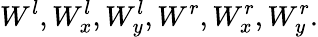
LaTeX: {{W}^{l}},W_{x}^{l},W_{y}^{l},{{W}^{r}},W_{x}^{r},W_{y}^{r}.